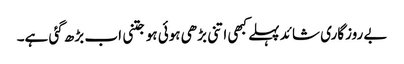
بے روزگاری شائد پہلے کبھی اتنی بڑھی ہوئی ہو جتنی اب بڑھ گئی ہے۔